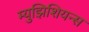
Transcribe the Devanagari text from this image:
म्युझिशियन्स